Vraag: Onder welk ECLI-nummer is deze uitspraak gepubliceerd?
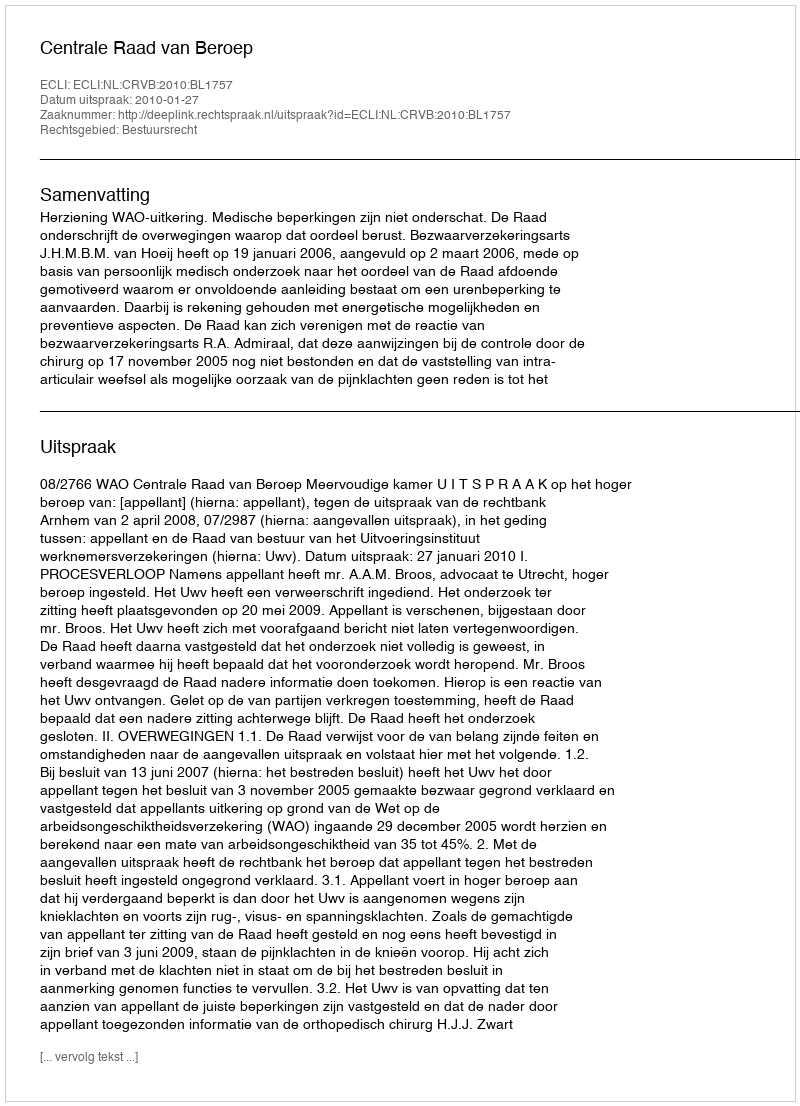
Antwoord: ECLI:NL:CRVB:2010:BL1757